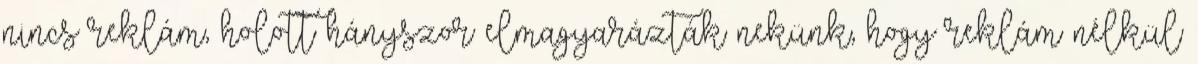
nincs reklám, holott hányszor elmagyarázták nekünk, hogy reklám nélkül